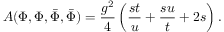
{ \cal A } ( \Phi , \Phi , { \bar { \Phi } } , { \bar { \Phi } } ) = { \frac { g ^ { 2 } } { 4 } } \left( { \frac { s t } { u } } + { \frac { s u } { t } } + 2 s \right) .